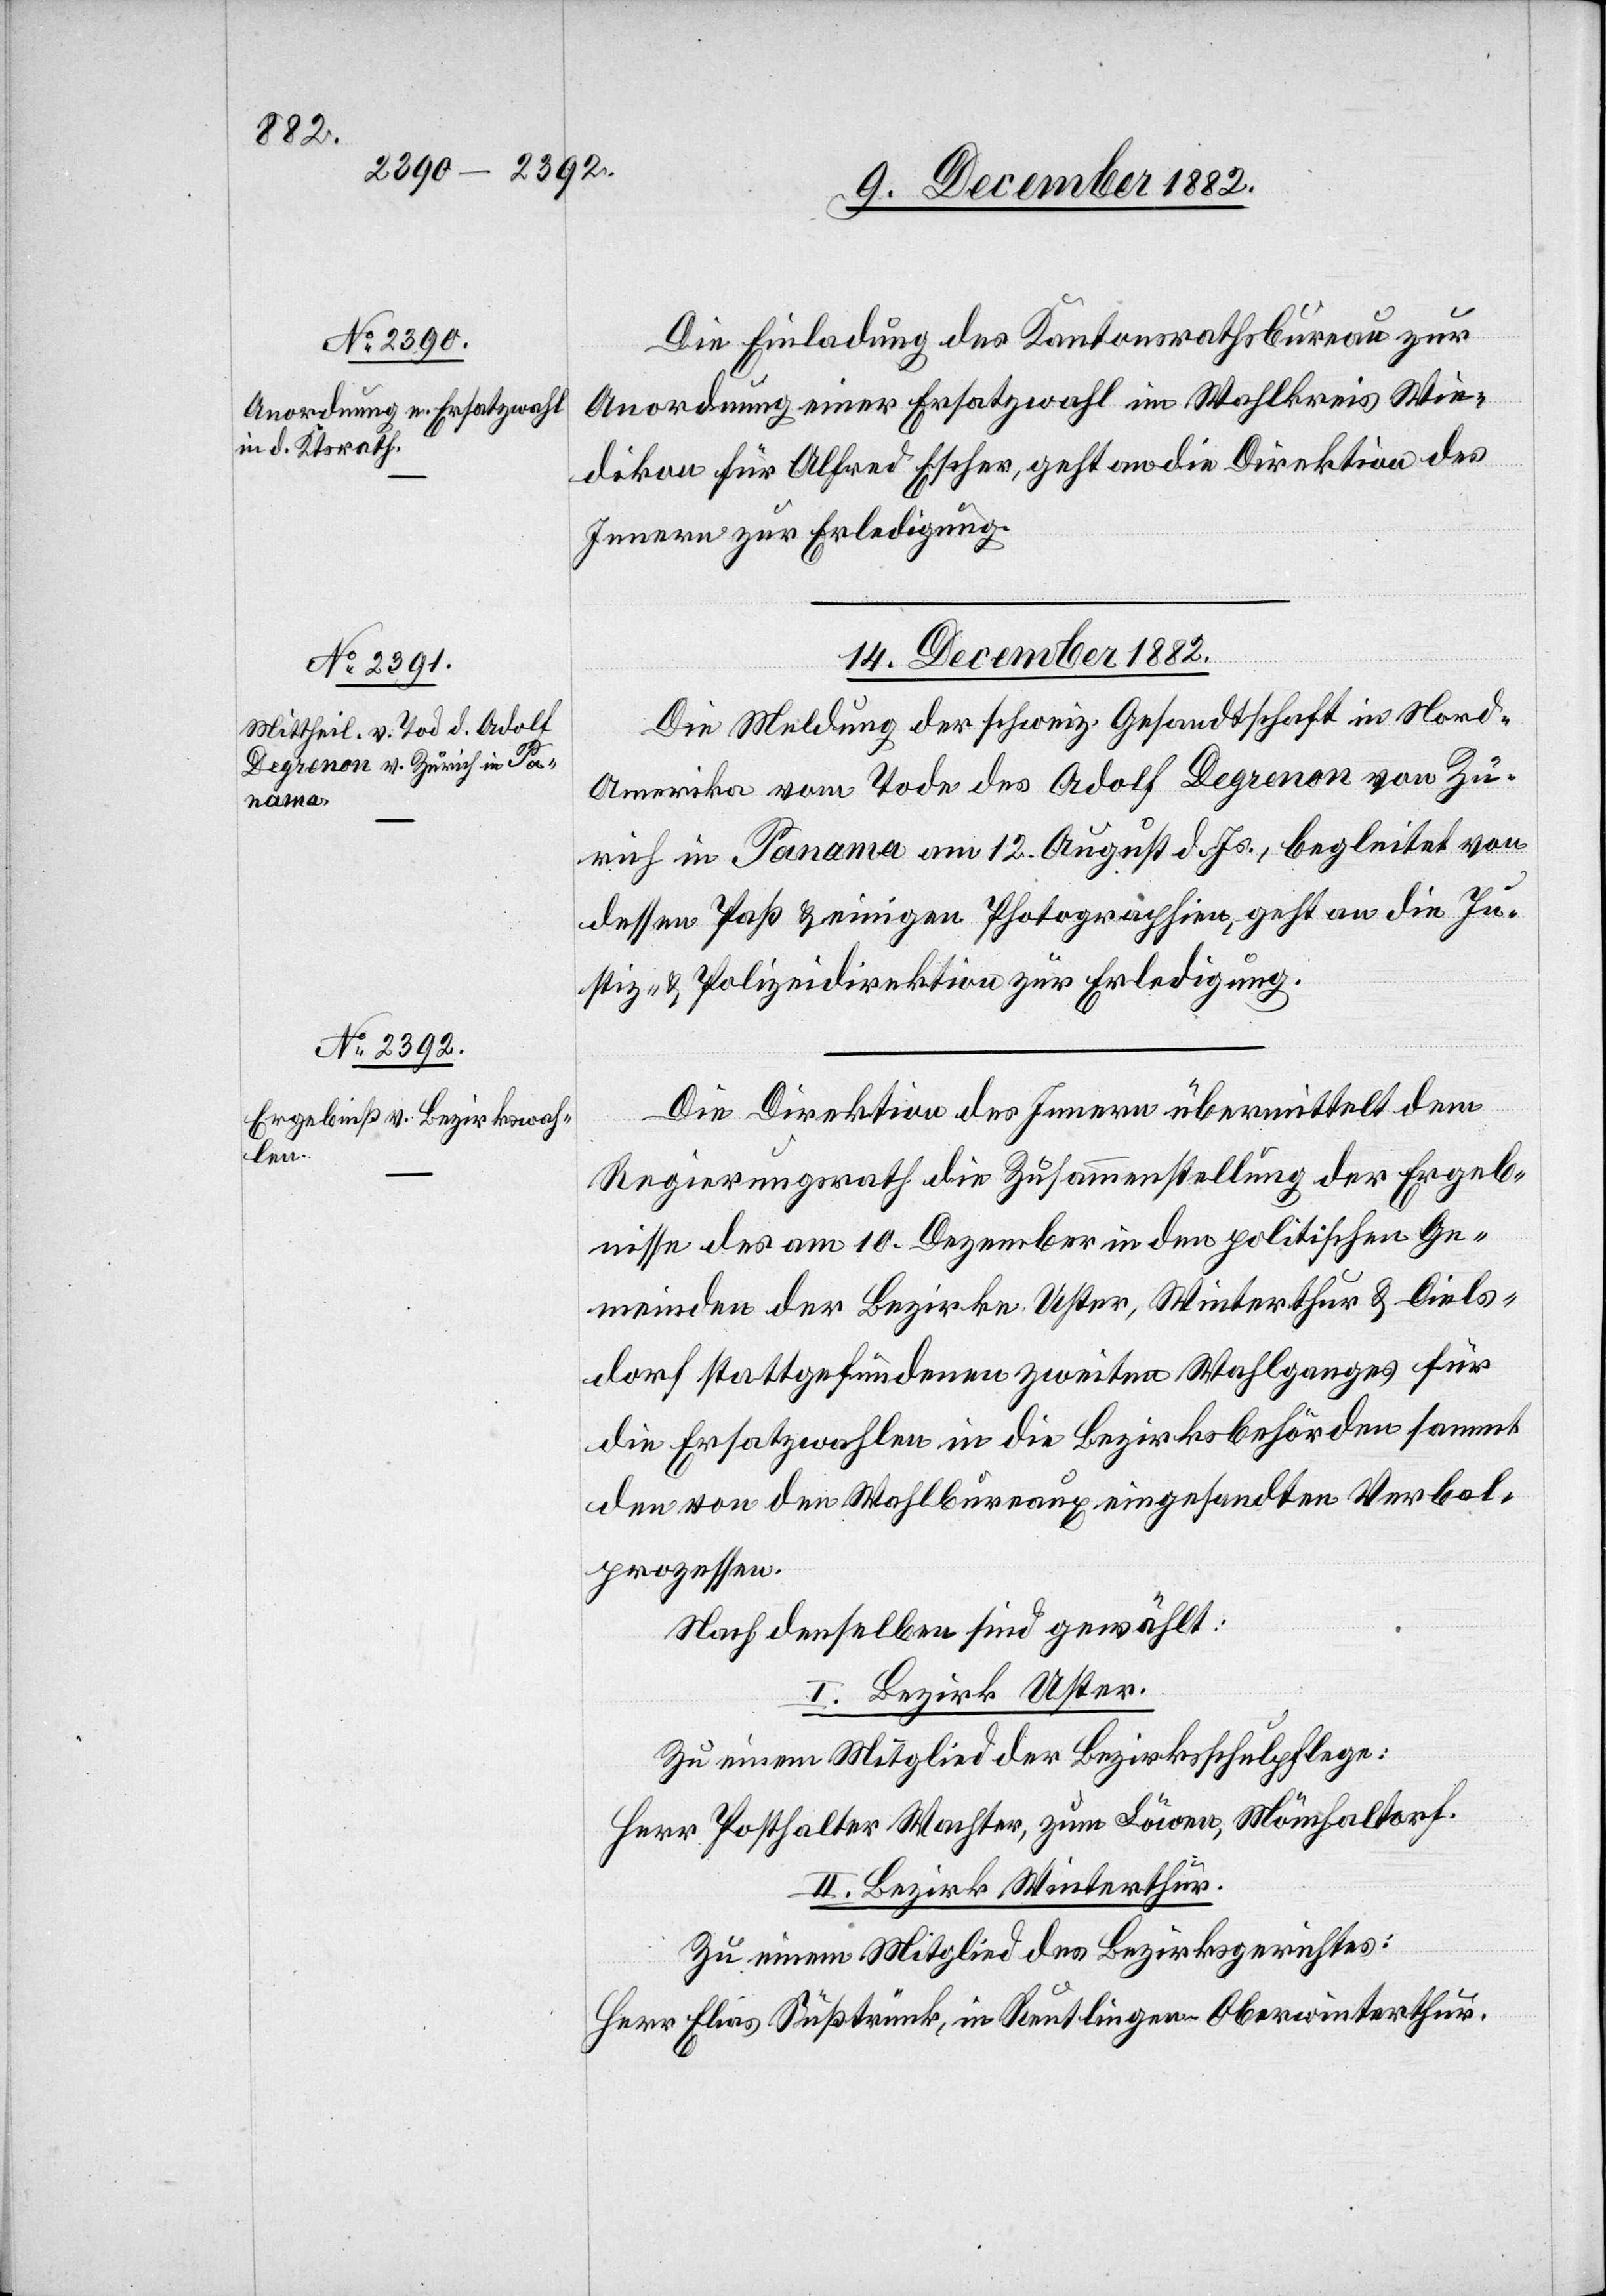
Die Einladung des Kantonsrathsbureau zur
Anordnung einer Ersatzwahl im Wahlkreis Wie¬
dikon für Alfred Escher, geht an die Direktion des
Innern zur Erledigung.
14. December 1882.]
Die Meldung der schweiz. Gesandtschaft in Nor¬
d-Amerika vom Tode des Adolf Degrenon von Zü¬
rich in Panama am 12. August d. Js., begleitet von
dessen Paß & einigen Photographien, geht an die Ju¬
stiz- & Polizeidirektion zur Erledigung.
Die Direktion des Innern übermittelt dem
Regierungsrath die Zusammenstellung der Ergeb¬
nisse des am 10. Dezember in den politischen Ge¬
meinden der Bezirke Uster, Winterthur & Diels¬
dorf stattgefundenen zweiten Wahlganges für
die Ersatzwahlen in die Bezirksbehörden sammt
den von den Wahlbureaux eingesandten Verbal¬
prozessen.
Nach denselben sind gewählt:
I. Bezirk Uster.
Zu einem Mitglied der Bezirksschulpflege:
Herr Posthalter Wachter, zum Löwen, Mönchaltorf.
II. Bezirk Winterthur.
Zu einem Mitglied des Bezirksgerichtes:
Herr Elias Süßtrunk, in Reutlingen - Oberwinterthur.